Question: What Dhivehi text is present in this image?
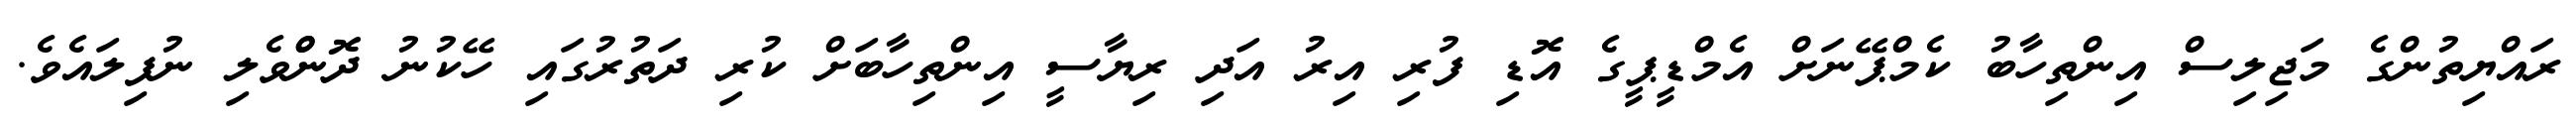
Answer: ރައްޔިތުންގެ މަޖިލިސް އިންތިހާބު ކެމްޕޭނަށް އެމްޑީޕީގެ އޮޑި ފުރި އިރު އަދި ރިޔާސީ އިންތިހާބަށް ކުރި ދަތުރުގައި ހޭކުނު ދޮންްވެލި ނުފިލައެވެ.